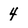
Character: 4